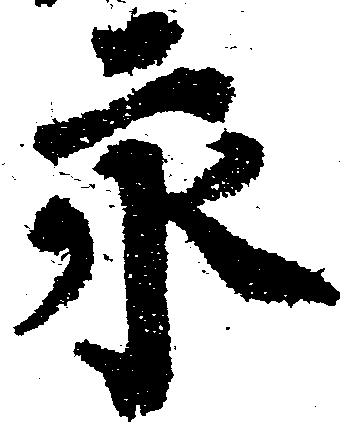
永